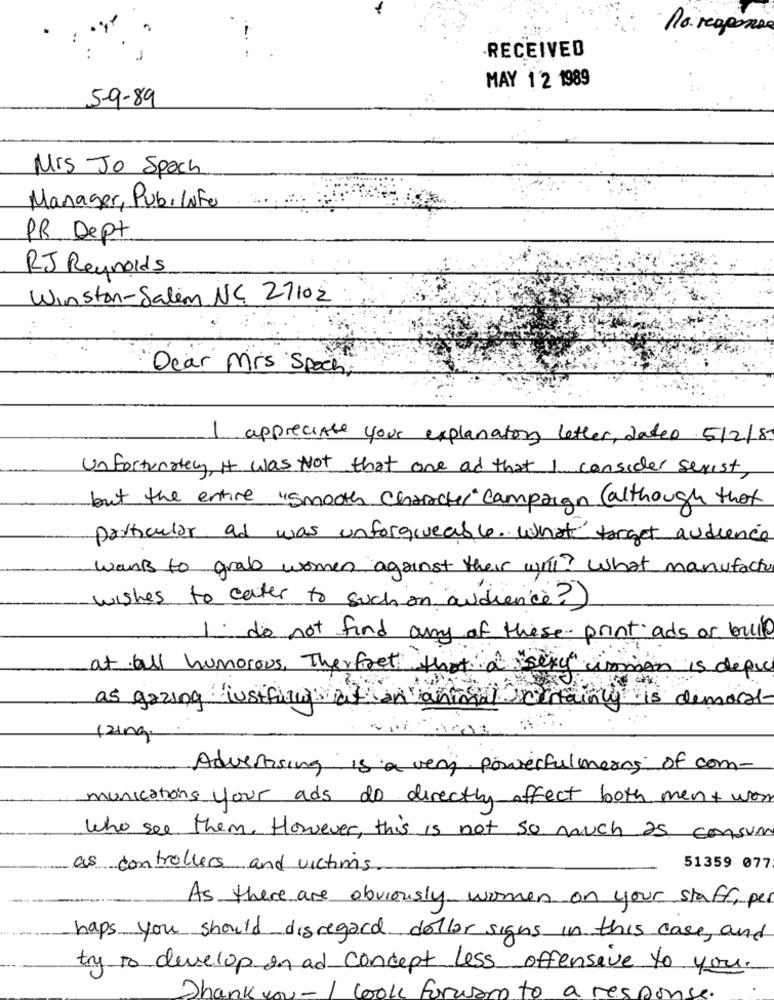
no response
RECEIVED
MAY 1'2 1989
5-9-89
Mis Jo Spach
Manager, Pub, LNfo
PR Dept
RJ Reynolds
Winston-Salem NC 27102
Dear Mrs Spoch;
I appreciate your explanatory letter, daten 5/2/8
Unfortunately, It was Not that one ad that I consider sexist
but the entire "smooth Character" Campaign (although that
particular ad was unforgiveas 4. What target audience
want to grab women against their wii? What manufactu
wishes to cater to such an audience?)
. do not find any of these print ads or bulle
at all humorous, Therfret that a "sexy imman is depic
as gazing justifiant's at an animal certainly is demost-
(zing.
Advertising is a very powerfulmeres of com-
munications your ads do directly affect both ment wor
Who see them. However, this is not so much as consum
as controllers and victims.
51359 077
As there are obviously women on your staff, per
haps you should disregard dollar signs in this case, and
try to develop in ad concept less offensive to you.
2ha
COLL
to
respons